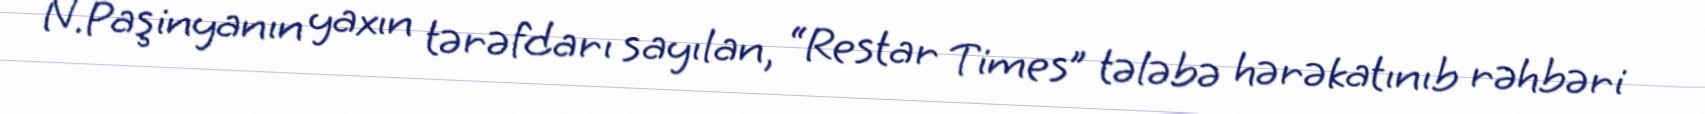
N.Paşinyanın yaxın tərəfdarı sayılan, “Restar Times” tələbə hərəkatınıb rəhbəri